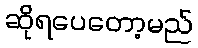
ဆိုရပေတော့မည်